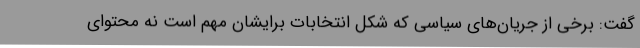
گفت: برخی از جریان‌های سیاسی که شکل انتخابات برایشان مهم است نه محتوای